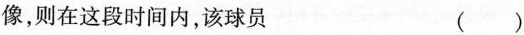
像，则在这段时间内，该球员 ()